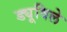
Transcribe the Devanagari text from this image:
ड्यूविले